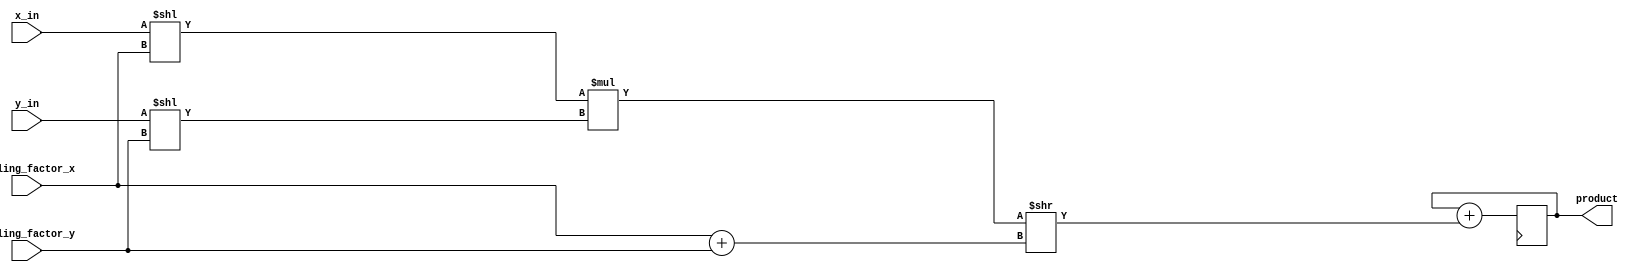
module fixed_point_multiplier (
    input [15:0] x_in, // input fixed-point number 1
    input [15:0] y_in, // input fixed-point number 2
    input [10:0] scaling_factor_x, // scaling factor for input 1
    input [10:0] scaling_factor_y, // scaling factor for input 2
    output reg [31:0] product // output of the fixed-point multiplier
);

reg [31:0] partial_product;
reg [15:0] x_scaled;
reg [15:0] y_scaled;

always @ (*) begin
    x_scaled = x_in << scaling_factor_x;
    y_scaled = y_in << scaling_factor_y;
    
    partial_product = (x_scaled * y_scaled) >> (scaling_factor_x + scaling_factor_y);
end

always @ (posedge clk) begin
    product <= product + partial_product;
end

endmodule